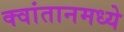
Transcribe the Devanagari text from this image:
क्वांतानमध्ये